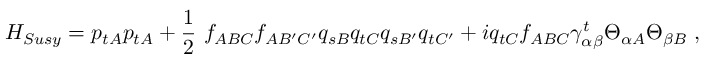
H _ { S u s y } = p _ { t A } p _ { t A } + \frac { 1 } { 2 } \ f _ { A B C } f _ { A B ^ { \prime } C ^ { \prime } } q _ { s B } q _ { t C } q _ { s B ^ { \prime } } q _ { t C ^ { \prime } } + i q _ { t C } f _ { A B C } \gamma _ { \alpha \beta } ^ { t } \Theta _ { \alpha A } \Theta _ { \beta B } \ ,